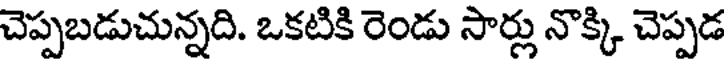
చెప్పబడుచున్నది. ఒకటికి రెండు సార్లు నొక్కి చెప్పడ